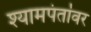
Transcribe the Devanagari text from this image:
श्यामपंतांवर